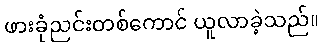
ဖားခုံညင်းတစ်ကောင် ယူလာခဲ့သည်။